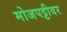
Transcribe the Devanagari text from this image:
मोजपट्टीवर